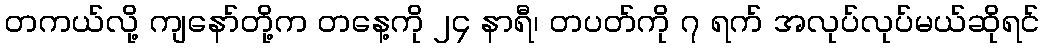
တကယ်လို့ ကျနော်တို့က တနေ့ကို ၂၄ နာရီ၊ တပတ်ကို ၇ ရက် အလုပ်လုပ်မယ်ဆိုရင်